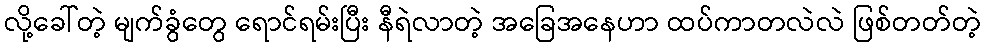
လို့ခေါ်တဲ့ မျက်ခွံတွေ ရောင်ရမ်းပြီး နီရဲလာတဲ့ အခြေအနေဟာ ထပ်ကာတလဲလဲ ဖြစ်တတ်တဲ့